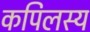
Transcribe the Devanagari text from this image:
कपिलस्य